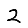
Digit: 2